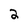
Character: 2